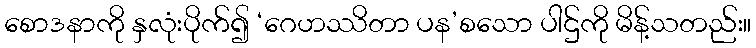
စောဒနာကို နှလုံးပိုက်၍ ‘ဂေဟဿိတာ ပန’စသော ပါဌ်ကို မိန့်သတည်း။